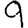
Digit: 9